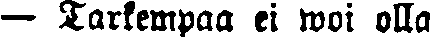
— Tarkempaa ei woi olla